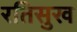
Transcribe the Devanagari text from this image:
रतिसुख